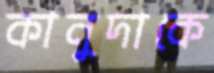
কানুদাকে